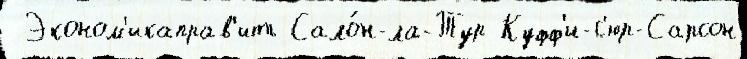
 Эконом'икаправ'ить Сало́н-ла-Тур Куфф'и-с'юр-Сарсон